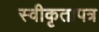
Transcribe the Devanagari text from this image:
स्वीकृतापत्र